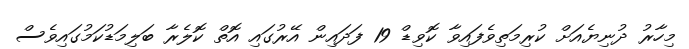
މިހާރު ދުނިޔެއަށް ކުރިމަތިވެފައިވާ ކޮވިޑް 19 ފަދައިން އޭރުގައި އޮތް ކޮލެރާ ބަލިމަޑުކަމުގައިވެސް